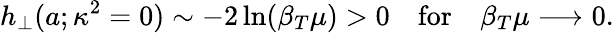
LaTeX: h_{\perp}(a;\kappa^{2}=0)\sim-2\ln(\beta_{T}\mu)>0\quad\mathrm{for}\quad\beta_{T}\mu\longrightarrow 0.